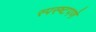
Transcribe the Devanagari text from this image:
स्पस्ष्टपणे